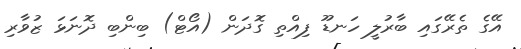
އޭގެ ތެރޭގައި ބާރުލީ ހަނޑޫ ފިއްތި ގޮދަން (އޯޓް) ބިންބި ދޮނަޅަ ޒުވާރި